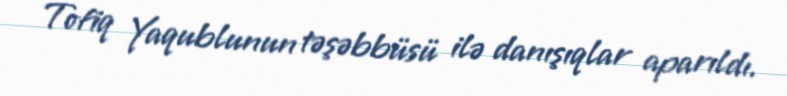
Tofiq Yaqublunun təşəbbüsü ilə danışıqlar aparıldı.